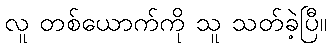
လူ တစ်ယောက်ကို သူ သတ်ခဲ့ပြီ။